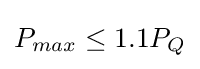
P_{max}\leq 1.1P_{Q}